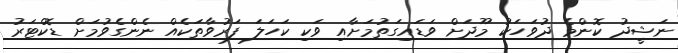
ނަޝީދު ކޮންމެ ދުވަހަކު މޫދަށް ވަޑައިގަތުމަށާއި ވަކި ކަހަލަ ފަރުވާތަކެއް ނެންގެވުމަށް ޑޮކްޓަރު